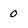
Character: 0